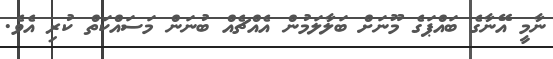
ނާމީ އޭނާގެ ބައްޕަގެ މޫނަށް ބަލާލަމުން އެއްޗެއް ބުނަން މަސައްކަތް ކުރި އެވެ.